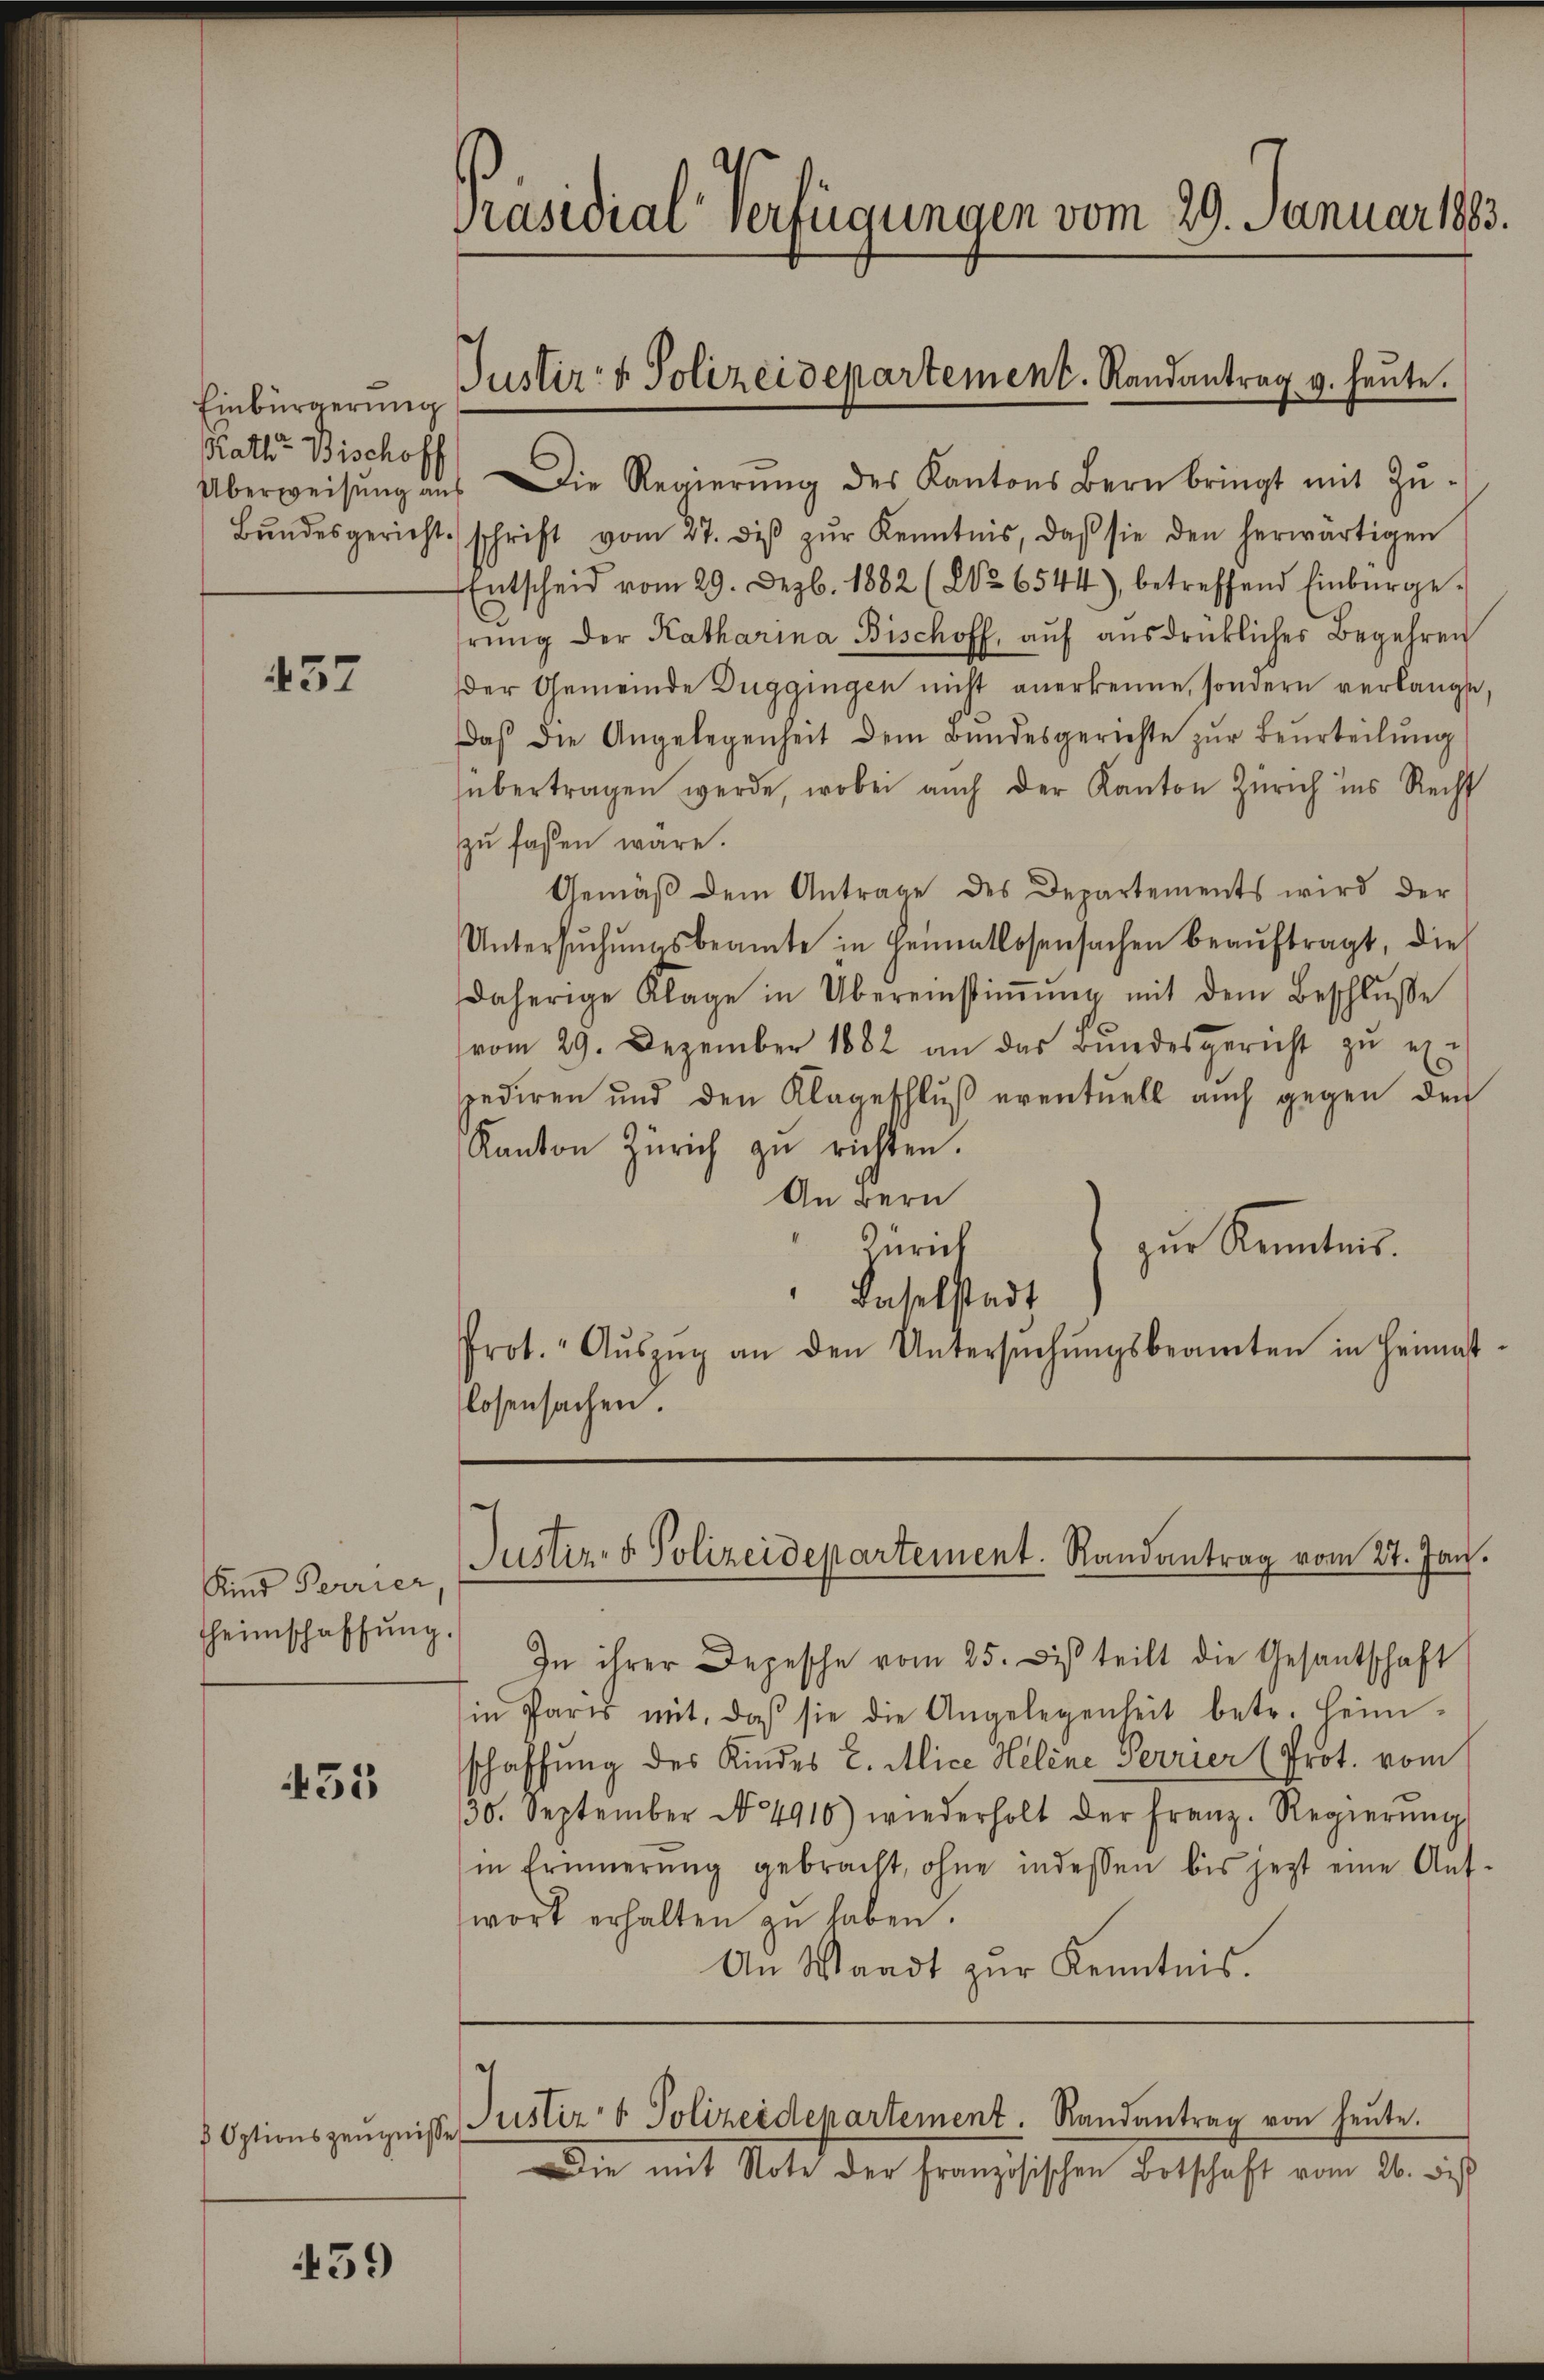
Einbürgerung
Rath Bischoff

457

Kind Perrier
heimschaffŭng.

455

Überweisŭng aŭs Die Regierŭng des Kantons Bern bringt mit Zŭ-
Bŭndesgericht schrift vom 27. diβ zŭr Kenntnis, daβ sie den herwärtigen
Entscheid vom 29. Dezbr. 1882 (12. 6544), betreffend Einbürge
rŭng der Katharina Bischoff, aŭf aŭsdrückliches Begehren
der Gemeinde Duggingen nicht anerkenne, sondern verlangte,
aβ die Angelegenheit dem Bŭndesgerichte zŭr Beurteilŭng
übertragen werde, wobei auch der Kanton Zürich ins Recht
zu faßen wäre.
Gemäβ dem Antrage des Departements wird der
Untersŭchŭngsbeamte in Heimatlosensachen beaŭftragt, die
daherige Klage in Übereinstiṁŭng mit dem Beschlŭsse
vom 29. Dezember 1882 an das Bŭndesgericht zŭ ex
pediren und den Klageschluß eventuell auch gegen den
Kanton Zürich zŭ richten.
An Bern
zŭr Kenntnis.
Zürich
Baselstadt
Prot. Aŭszŭg an den Untersŭchŭngsbeamten in Heimat-
losensachen

439

Präsidial-Verfügungen vom 29. Januar 1883.

Justiz- & Polizeidepartement. Randantrag v. heute.

Justiz- & Polizeidepartement. Randantrag vom 27. Jan.

In ihrer Depesche vom 25. di teilt die Gesantschaft
in Paris mit, daβ sie die Angelegenheit betr. Heim-
schaffung des Kindes C. Mice Helene Perrier (Prot. vom
30. September No. 4910) wiederholt der Franz. Regierŭng
in Erinnerŭng gebracht, ohne indessen bis jetzt eine Ant
wort erhalten zŭ haben.
An Waadt zŭr Kenntnis.

Optionszeŭgnisse Justiz- & Polizeidepartement. Randantrag von heute.

Die mit Note der französischen Botschaft vom 26. bis